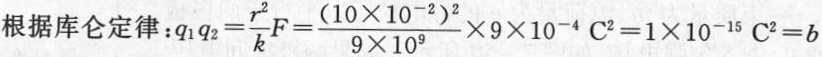
根据库仑定律:$$q _ { 1 } q _ { 2 } = \frac { r ^ { 2 } } { k } F = \frac { ( 1 0